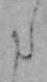
た